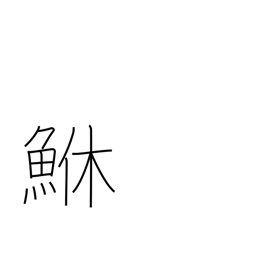
Meaning: rockfish